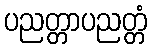
ပညတ္တာပညတ္တံ